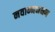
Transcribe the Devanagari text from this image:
नवान्नभक्षण